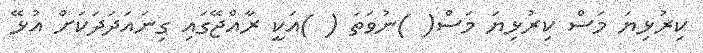
ކިރުޅިޔަ މަސް ކިރުޅިޔަ މަސް( )ނުވަތަ ( )އަކީ ރާއްޖޭގައި ގިނައަދަދަކަށް އުޅޭ